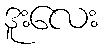
ဒူးလေး